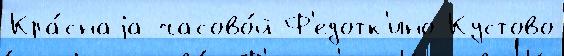
Кра́снаjа часово́й Ф'едотк'ино Кустово